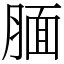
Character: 腼